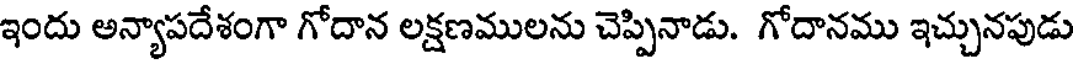
ఇందు అన్యాపదేశంగా గోదాన లక్షణములను చెప్పినాడు. గోదానము ఇచ్చునపుడు